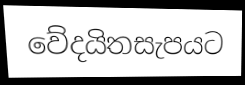
වේදයිතසැපයට